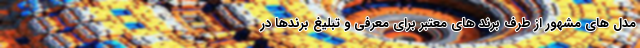
مدل های مشهور از طرف برند های معتبر برای معرفی و تبلیغ برندها در